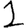
Digit: 1